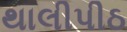
થાલીપીઠ